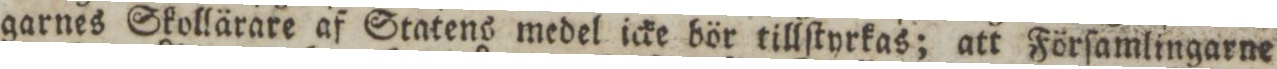
garnes Skollärare af Statens medel icke bör tillſtyrkas; att Förſamlingarne